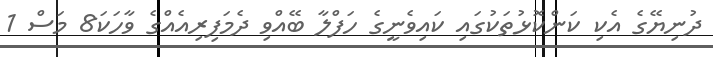
ދުނިޔޭގެ އެކި ކަންކޮޅުތަކުގައި ކައިވެނީގެ ހަފްލާ ބޭއްވި ދެމަފިރިއެއްގެ ވާހަކަ8 މަސް 1